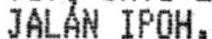
JALAN IPOH,